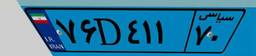
۸۴D۱۳۰۱۱